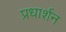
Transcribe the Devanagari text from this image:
प्रधार्शन